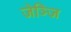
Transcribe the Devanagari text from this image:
जेञ्जि